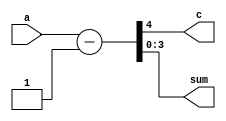
module four_bit_decrementer(c, sum, a);
    output c;
    output [3:0] sum;
    input [3:0] a;
    assign {c, sum} = a - 4'b0001;
endmodule

module four_bit_dec_tb;
    reg [3:0] in;
    wire [3:0] s;
    wire c;

    //Instantiate UUT
    four_bit_decrementer UUT(c, s, in);
    
    //stimulus block
    initial
        begin
            in = 4'b0000;
            repeat(15) #10 in = in + 1'b1;
        end
    initial $monitor("in = %b, carry = %b, sum = %b", in, c, s);
endmodule